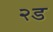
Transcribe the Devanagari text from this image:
२ड